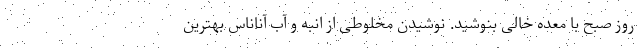
روز صبح با معده خالی بنوشید. نوشیدن مخلوطی از انبه و آب آناناس بهترین